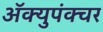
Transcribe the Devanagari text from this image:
ॲक्युपंक्चर